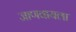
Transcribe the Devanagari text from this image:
जाणवायला